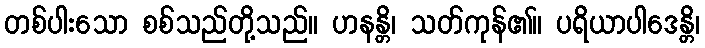
တစ်ပါးသော စစ်သည်တို့သည်။ ဟနန္တိ၊ သတ်ကုန်၏။ ပရိယာပါဒေန္တိ၊